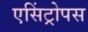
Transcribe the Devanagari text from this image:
एसिंट्रोपस